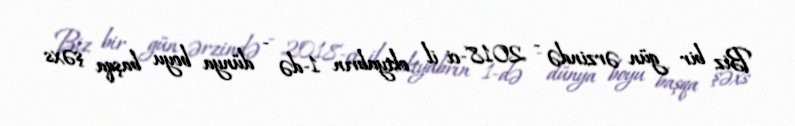
Biz bir gün ərzində - 2018-ci il oktyabrın 1-də - dünya boyu başqa şəxs